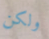
ولكن